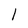
Character: l